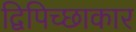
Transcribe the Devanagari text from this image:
द्विपिच्छाकार